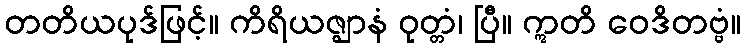
တတိယပုဒ်ဖြင့်။ ကိရိယဇ္ဈာနံ ဝုတ္တံ၊ ပြီ။ ဣတိ ဝေဒိတဗ္ဗံ။